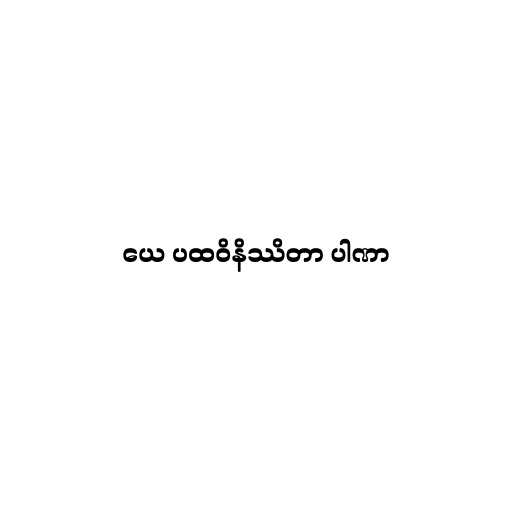
ယေ ပထဝိနိဿိတာ ပါဏာ